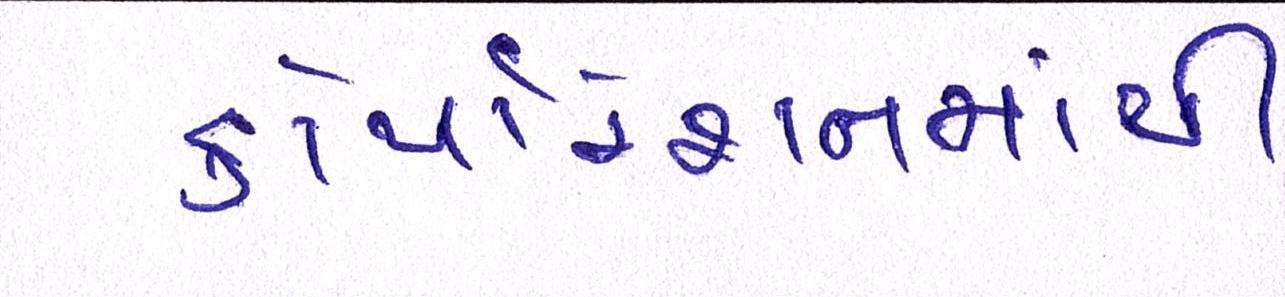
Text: કોર્પોરેશનમાંથી